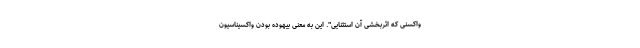
واکسنی که اثربخشی آن استثنایی". این به معنی بیهوده بودن واکسیناسیون